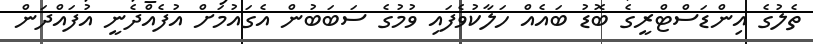
ތެލުގެ އިންޑަސްޓްރީގެ ބޮޑު ބައެއް ހަލާކުވެފައި ވުމުގެ ސަބަބުން އެގައުމަށް އުފެއްދެނީ އުފައްދަން